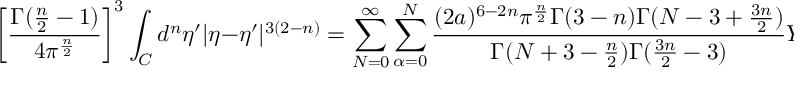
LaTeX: \left[ \frac { \Gamma ( \frac { n } { 2 } - 1 ) } { 4 \pi ^ { \frac { n } { 2 } } } \right] ^ { 3 } \int _ { C } d ^ { n } \eta ^ { \prime } | \eta - \eta ^ { \prime } | ^ { 3 ( 2 - n ) } = \sum _ { N = 0 } ^ { \infty } \sum _ { \alpha = 0 } ^ { N } \frac { ( 2 a ) ^ { 6 - 2 n } { \pi } ^ { \frac { n } { 2 } } \Gamma ( 3 - n ) \Gamma ( N - 3 + \frac { 3 n } { 2 } ) } { \Gamma ( N + 3 - \frac { n } { 2 } ) \Gamma ( \frac { 3 n } { 2 } - 3 ) } Y _ { \alpha } ^ { N } ( { \eta } ) \int _ { C } d ^ { n } \eta ^ { \prime } Y _ { \alpha } ^ { N } ( \eta ^ { \prime } )